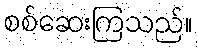
စစ်ဆေးကြသည်။